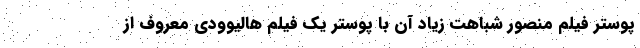
پوستر فیلم منصور شباهت زیاد آن با پوستر یک فیلم هالیوودی معروف از